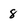
Character: 8